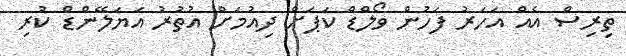
ތިރިސް އެއް އަހަރު ފަހުން ވޯލްޑް ކަޕަށް ދިއުމަށް އުތުރު އަޔަލޭންޑް ކުރި